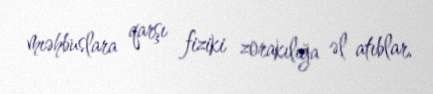
mıəhbuslara qarşı fiziki zorakılığa əl atıblar.